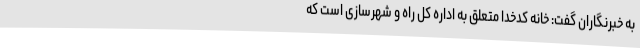
به خبرنگاران گفت: خانه کدخدا متعلق به اداره کل راه و شهرسازی است که